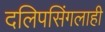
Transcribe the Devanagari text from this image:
दलिपसिंगलाही